Scottish Leaving Certificate Examination, 1953
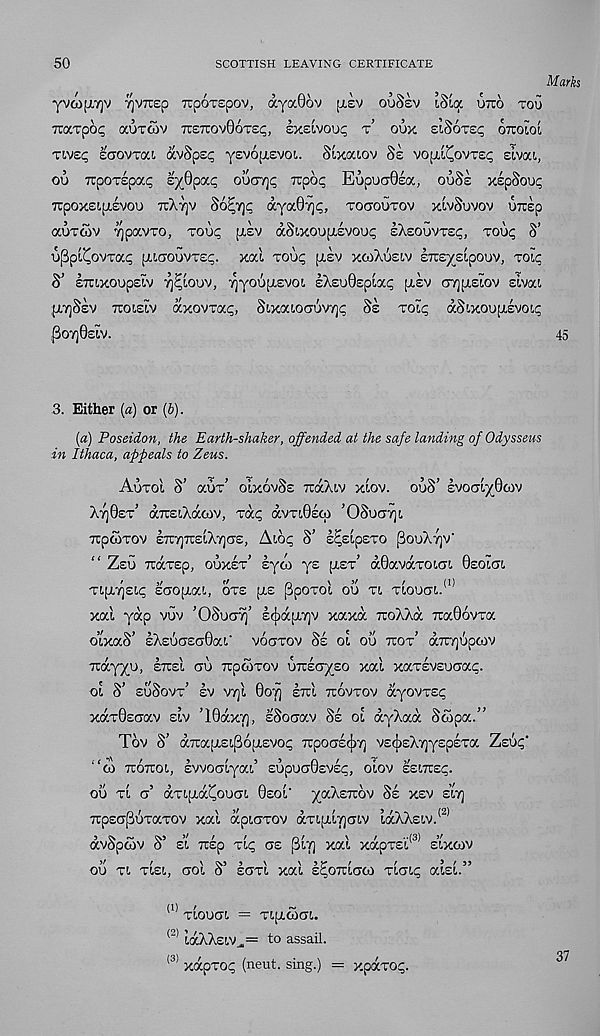
50
SCOTTISH LEAVING CERTIFICATE
Marks
yVC0[X7]V '^VTUSO TTpOTEpOV, (XyOcOoV [LEV ouSsv iSia U7TO TOU
Tuaxpop auxoiv TiSTrovGoxec, exdvouc x’ oox eiSoxsp ottoloi
xivep saovxai. avSpsc yevoptevoL Sixaiov Se vopi^ovxsp sivai,
ou Tcpoxcpap syOpap ouctt]P rupop EopouGea, ouSs xspSoup
TTpoxsipiEVOu tuXt]v SopTjp aya07]p, xocrouxov xlvSuvov UTrsp
aoxwv Tjpavxo, xoup [xsv dSixoupisvoup sXeouvxep, xoop S’
loSpi^ovxac [iLXOuvxsp. xai xoup [tsv xcoXusiv ETreysipouv, xoic
S’ ETUxoopsiv yj^ioov, yyoo;j.EvoL IXeuGsptap uev rr/]pislov sivai
[ttjSev tiois:iv dxovxap, Sixaioauv/jc Se xoip dSixoupievoip
,{3o7]0£IV.
45
3. Either (a) or (6).
(«) Poseidon, the Earth-shaker, offended at the safe landing of Odysseus
in Ithaca, appeals to Zeus.
Auxol S’ aux’ oixovSe TrdXiv xiov. ouS’ svoai^Gcov
Xt)0£x’ (XTOlXdcOV, xdp dvX!,0£Cp ’OSoCT7]t.
TCpGJXOV STU'/jTTElX'/]OX, AlOp S’ E^EIpEXO pOuXyjV
“ Zeo Ttdxsp, ouxsx’ syoi ys [jlex’ d0avdxot.cn. Gsoicn
XIpL^Elp EaO(J.al, OXE pt,£ Ppoxol OU XI, XlOUd.. 11 *
xal yap vuv ’OSuctt]’ Eodjiyv xaxd TroXXd 7ia06vxa
o’lXaS’ £ X E U X £ G 0 a I * VOXXOV Se 01 OU Trox’ djC'/jUpOJV
Trdyyu, ettei gu ttocoxov urckayzo xal xaxsvsuGap.
01 S’ EuSoVx’ £V V7]l 0OTj ETCl TCOVXOV dyOVXEp
xdx0£Gav elv ’10dx7], ISoxav Si ol dyXad Sciipa.”
Tov S’ d7rapL£t,p6piEVOp 7CpOG£({)Tj V£^£X7]y£p£Xa Zsup'
“(0 TTOTTOL, EVVOGiyai’ £UpUG0£V£p, 010V EEITCEC.
ou xi g’ dxipid^ouGt, 0eoi' yaXsTTOV Se xev eitj
TTpEG^UXaGOV xal dpiGXOV dxi(i.l7]Gt.V ldXX£LV. (2)
dvSpcov S’ si Trip xlp ge plv] xal xdpxEi' 31 slxcov
OU Tt.
GOl 0 £GTL Xai S^OTULGCO TLGL^ at£L
(1) XLOUGt. = XIplCOGI.
(2) idXX£iv J ,= to assail.
(3) xdpxop (neut. sing.) = xpdxop.
37